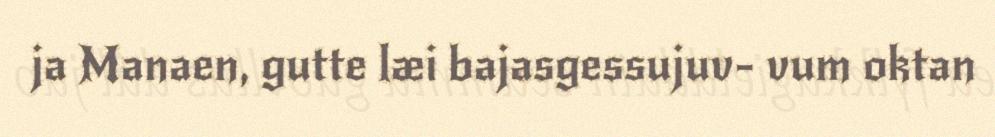
ja Manaen, gutte læi bajasgessujuv- vum oktan